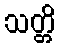
သတ္တိ